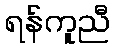
ရန်ကူညီ